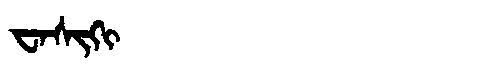
Manchu: ᠸᠠᠰᡳᡴᡳ
Romanization: WASIKI